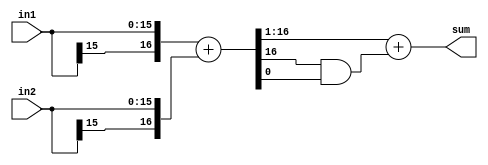
//
// Copyright 2011 Ettus Research LLC
//



module add2_and_round
  #(parameter WIDTH=16)
    (input [WIDTH-1:0] in1,
     input [WIDTH-1:0] in2,
     output [WIDTH-1:0] sum);

   wire [WIDTH:0] 	sum_int = {in1[WIDTH-1],in1} + {in2[WIDTH-1],in2};
   assign 		sum = sum_int[WIDTH:1] + (sum_int[WIDTH] & sum_int[0]);
   
endmodule // add2_and_round